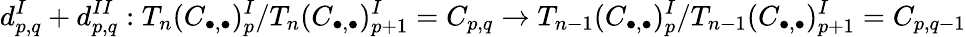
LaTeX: d_{p,q}^{I}+d_{p,q}^{II}:T_{n}(C_{\bullet,\bullet})_{p}^{I}/T_{n}(C_{\bullet,\bullet})_{p+1}^{I}=C_{p,q}\rightarrow T_{n-1}(C_{\bullet,\bullet})_{p}^{I}/T_{n-1}(C_{\bullet,\bullet})_{p+1}^{I}=C_{p,q-1}